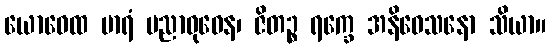
ယောဓေထ မာရံ ပညာဝုဓေန၊ ဇိတဉ္စ ရက္ခေ အနိဝေသနော သိယာ။